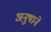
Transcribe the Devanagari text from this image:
अनुषाने